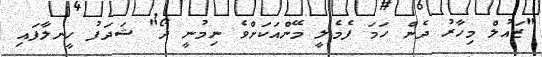
"ޒައުލް މިހާރު ދެން ހަމަ ފެމެލީ މޭންއަކަށްވެ ނިމުނީ ދޯ" ޝަދަފު ހީނލާފައި